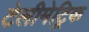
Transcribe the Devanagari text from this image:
टेलीमेट्रिक